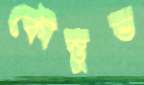
কৌস্তুভ